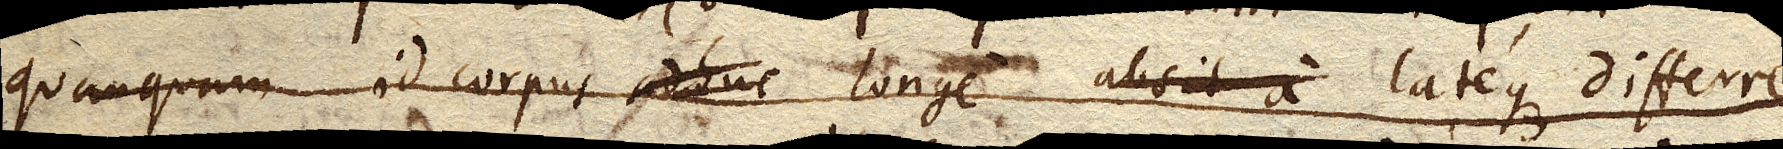
Quamquam id corpus adhuc longe absit a longe lateque differre